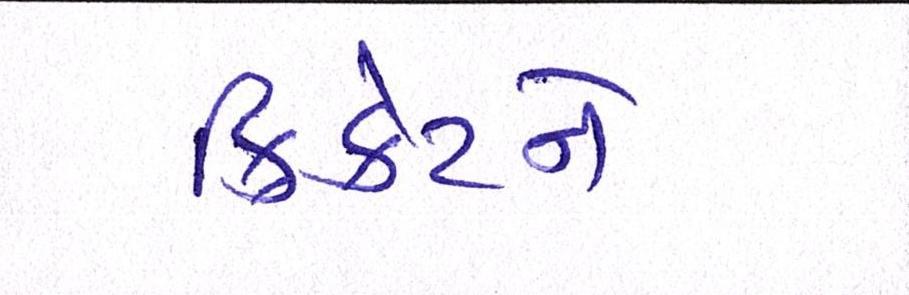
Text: ક્રિકેટને